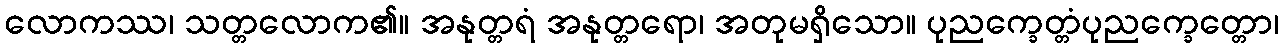
လောကဿ၊ သတ္တလောက၏။ အနုတ္တရံ အနုတ္တရော၊ အတုမရှိသော။ ပုညက္ခေတ္တံပုညက္ခေတ္တော၊